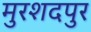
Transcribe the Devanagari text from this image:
मुरशदपुर